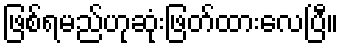
ဖြစ်ရမည်ဟုဆုံးဖြတ်ထားလေပြီ။